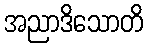
အညာဒိသောတိ